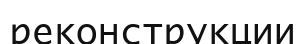
реконструкции